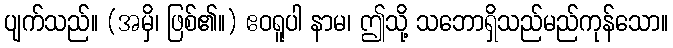
ပျက်သည်။ (အမှိ၊ ဖြစ်၏။) ဧဝရူပါ နာမ၊ ဤသို့ သဘောရှိသည်မည်ကုန်သော။